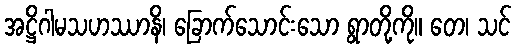
အဋ္ဌိဂါမသဟဿာနိ၊ ခြောက်သောင်းသော ရွာတို့ကို။ တေ၊ သင်